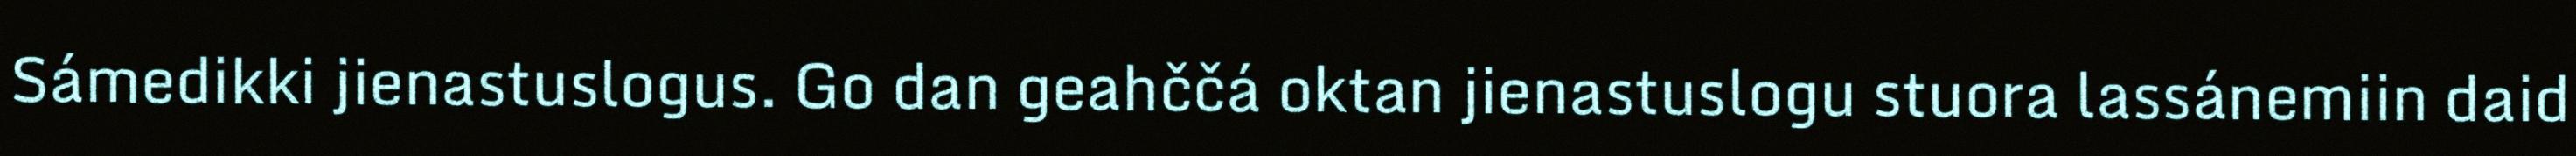
Sámedikki jienastuslogus. Go dan geahččá oktan jienastuslogu stuora lassánemiin daid